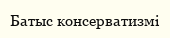
Батыс консерватизмі